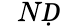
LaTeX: \mathcal ḊNḌ